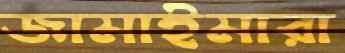
জামাইমারা